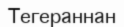
Тегераннан